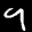
Label: 9